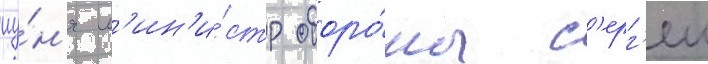
иу́н'я м'ин'и́стр оборо́ны с'ерг'еи